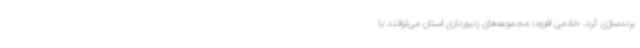
برندسازی کرد. خادمی افزود: مجموعه‌های زنبورداری استان می‌توانند با